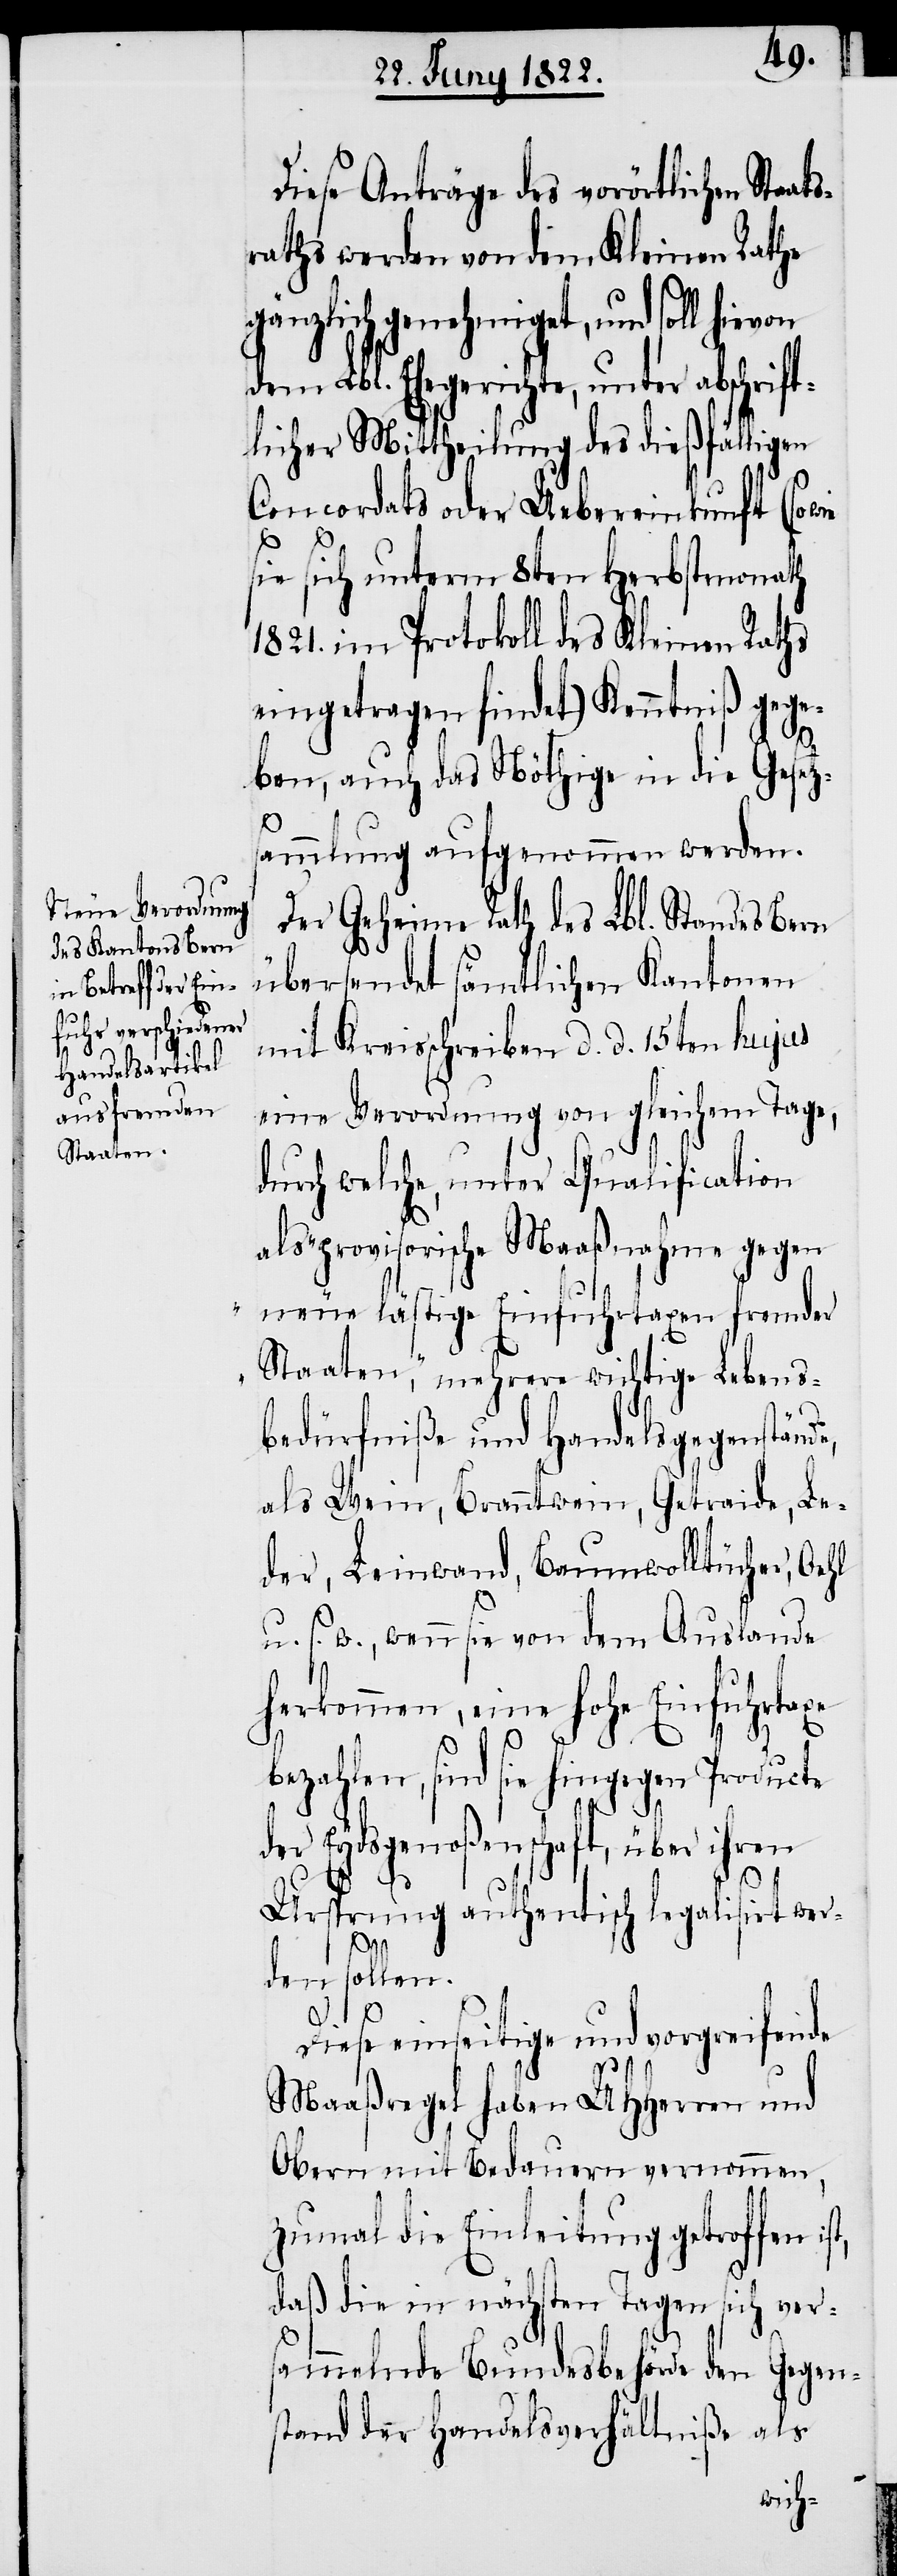
von

Diese Anträge des vorörtlichen Sta¬
raths werden von dem Kleinen Rathe
gänzlich genehmiget, und soll hie¬
dem Lbl. Ehegerichte, unter abschrift¬
licher Mittheilung des dießfälligen
Concordats oder Uebereinkunft (sowie
sie sich unterm 8ten Herbstmonath
1821. im Protokoll des Kleinen Raths
eingetragen findet) Kenntniß gege¬
ben, auch das Nöthige in die Gesetz¬
sammlung aufgenommen werden.
Der Geheime Rath des Lbl. Standes Bern
übersendet sämtlichen Kantonen
mit Kreisschreiben d. d. 15ten hujus
eine Verordnung von gleichem Tage,
durch welche, unter Qualification
als „provisorische Maaßnahme gegen
neue lästige Einfuhrtaxen fremder
Staaten“, mehrere wichtige Lebens¬
bedürfniße und Handelsgegenstän¬
als Wein, Branntwein, Getreide , Le¬
der, Leinwand, Baumwolltücher, Oehl
u. s. w., wenn sie von dem Auslande
herkommen, eine Hohe Einfuhrtaxe
t,
ezahlen, sind sie hingegen Producte
der Eydsgenoßenschaft, über ihren
Ursprung authentisch legalisirt wer¬
den sollen.
ats¬
Diese einseitige und vorgreifende
Maaßregel haben UHHerren und
Obern mit Bedauern vernommen,
zumal die Einleitung getroffen is¬
daß die in nächsten Tagen sich ver¬
sammelnde Bundesbehörde den Gegen¬
stand der Handelsverhältniße als